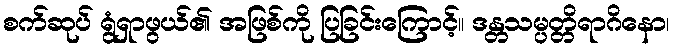
စက်ဆုပ် ရွံရှာဖွယ်၏ အဖြစ်ကို ပြခြင်းကြောင့်။ ဒန္တသမ္ပတ္တိရာဂိနော၊